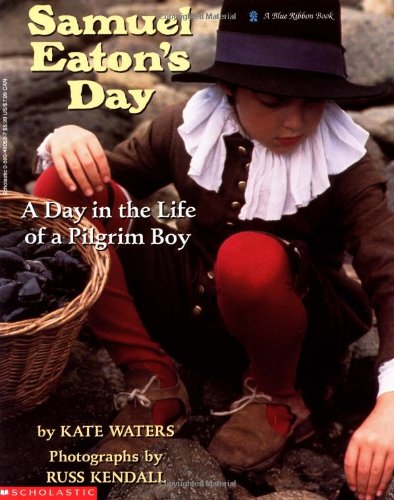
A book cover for Samuel Eaton's Day: A Day in the Life of a Pilgrim Boy; Kate Waters; Children's Books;